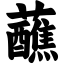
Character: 蘸